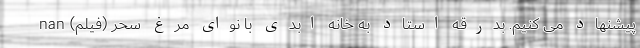
پیشنهاد می کنیم. بدرقه استاد به خانه ابدی با نوای مرغ سحر (فیلم) nan